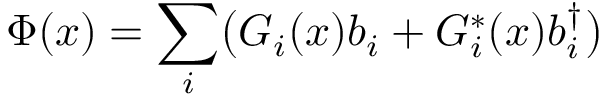
\Phi ( x ) = \sum _ { i } \bigl ( G _ { i } ( x ) b _ { i } + G _ { i } ^ { * } ( x ) b _ { i } ^ { \dagger } \bigr )